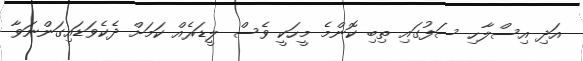
އަދި އިސްލާހި ސަފުގައި ތިބި ކޮންމެ މީހަކީ ވެސް ލީޑަރެއް ކަމަށް ދެކެވަޑައިގަންނަވާ